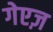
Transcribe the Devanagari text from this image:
गेएज़